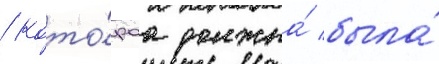
/ кото́раа должна́ была́